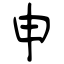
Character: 申